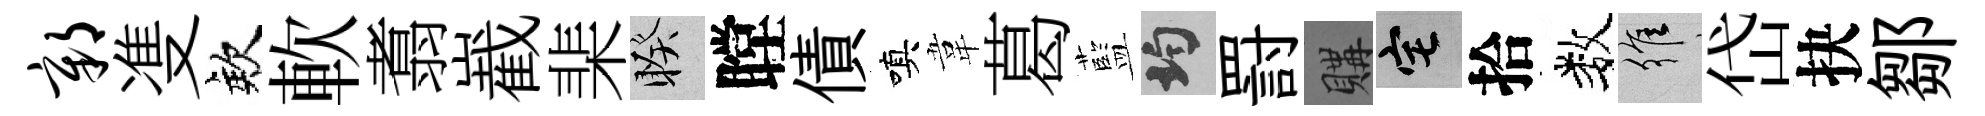
鄣㕠欸軟翥嶻棐睽瞠債嗔韋葛藍均罸購宅拾数維岱抉鄒